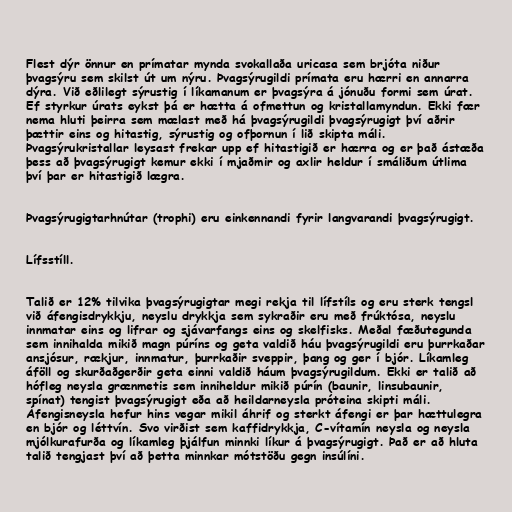
Flest dýr önnur en prímatar mynda svokallaða uricasa sem brjóta niður
þvagsýru sem skilst út um nýru. Þvagsýrugildi prímata eru hærri en annarra
dýra. Við eðlilegt sýrustig í líkamanum er þvagsýra á jónuðu formi sem úrat.
Ef styrkur úrats eykst þá er hætta á ofmettun og kristallamyndun. Ekki fær
nema hluti þeirra sem mælast með há þvagsýrugildi þvagsýrugigt því aðrir
þættir eins og hitastig, sýrustig og ofþornun í lið skipta máli.
Þvagsýrukristallar leysast frekar upp ef hitastigið er hærra og er það ástæða
þess að þvagsýrugigt kemur ekki í mjaðmir og axlir heldur í smáliðum útlima
því þar er hitastigið lægra.

Þvagsýrugigtarhnútar (trophi) eru einkennandi fyrir langvarandi þvagsýrugigt.

Lífsstíll.

Talið er 12% tilvika þvagsýrugigtar megi rekja til lífstíls og eru sterk tengsl
við áfengisdrykkju, neyslu drykkja sem sykraðir eru með frúktósa, neyslu
innmatar eins og lifrar og sjávarfangs eins og skelfisks. Meðal fæðutegunda
sem innihalda mikið magn púríns og geta valdið háu þvagsýrugildi eru þurrkaðar
ansjósur, rækjur, innmatur, þurrkaðir sveppir, þang og ger í bjór. Líkamleg
áföll og skurðaðgerðir geta einni valdið háum þvagsýrugildum. Ekki er talið að
hófleg neysla grænmetis sem inniheldur mikið púrín (baunir, linsubaunir,
spínat) tengist þvagsýrugigt eða að heildarneysla próteina skipti máli.
Áfengisneysla hefur hins vegar mikil áhrif og sterkt áfengi er þar hættulegra
en bjór og léttvín. Svo virðist sem kaffidrykkja, C-vítamín neysla og neysla
mjólkurafurða og líkamleg þjálfun minnki líkur á þvagsýrugigt. Það er að hluta
talið tengjast því að þetta minnkar mótstöðu gegn insúlíni.